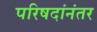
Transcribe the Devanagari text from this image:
परिषदांनंतर